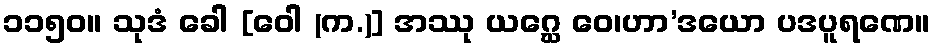
၁၁၅၀။ သုဒံ ခေါ [ဝေါ (က.)] အဿု ယဂ္ဃေ ဝေ၊ဟာ’ဒယော ပဒပူရဏေ။